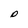
Character: D